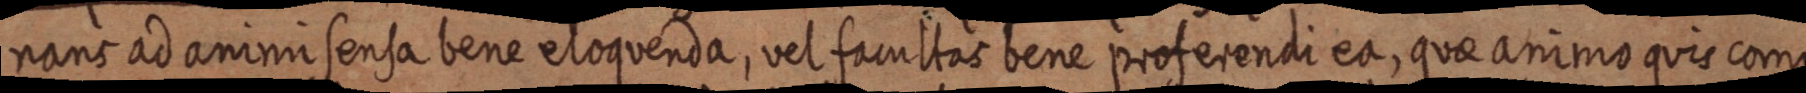
nans ad animi sensa bene eloquenda, vel facultas bene proferendi ea, quae animo quis comp